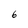
Character: 6